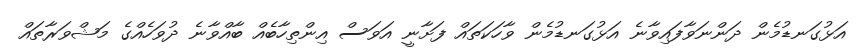
އަޅުގަނޑުމެން ދަންނަވާފައިވާނެ އަޅުގަނޑުމެން ވާހަކަތައް ފަށާނީ އަވަސް އިންތިހާބެއް ބާއްވާނެ ދުވަހެއްގެ މަޝްވަރާތައް